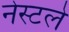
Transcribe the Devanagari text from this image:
नेस्टले